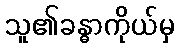
သူ၏ခန္ဓာကိုယ်မှ